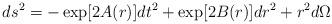
LaTeX: \begin{align*}ds^2 = -\exp [2A(r)] dt^2 + \exp[2B(r)] dr^2 + r^2 d\Omega\end{align*}